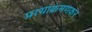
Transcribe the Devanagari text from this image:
प्रत्याक्रमणकर